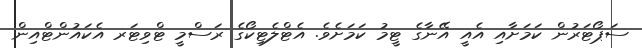
ސަޕޯޓަރުން ކަމަށާއި އެއީ އޭނާގެ ޓީމު ކަމަށެވެ. އެޓްލެޓިކޯގެ ރަސްމީ ޓްވިޓަރ އެކައުންޓްއިން